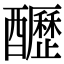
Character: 𨣷